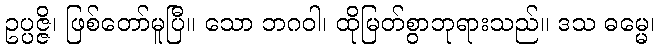
ဥပ္ပဇ္ဇိ၊ ဖြစ်တော်မူပြီ။ သော ဘဂဝါ၊ ထိုမြတ်စွာဘုရားသည်။ ဒသ ဓမ္မေ၊